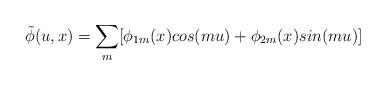
LaTeX: \begin{align*}\tilde{\phi}(u,x)=\sum_{m}[\phi_{1m}(x)cos(mu)+\phi_{2m}(x)sin(mu)]\end{align*}